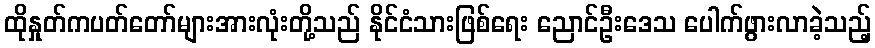
ထိုနှုတ်ကပတ်တော်များအားလုံးတို့သည် နိုင်ငံသားဖြစ်ရေး ညောင်ဦးဒေသ ပေါက်ဖွားလာခဲ့သည့်